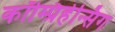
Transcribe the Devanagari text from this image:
कॉम्प्रिहेन्सिंग